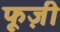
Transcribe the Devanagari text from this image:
फूज़ी